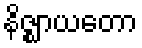
နိဇ္ဈာယတော